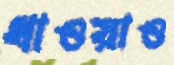
ধাওয়াও